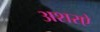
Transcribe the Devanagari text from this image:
अशरऐ